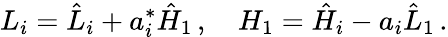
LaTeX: L_{i}=\hat{L}_{i}+a_{i}^{*}\hat{H}_{1}\, ,\quad H_{1}=\hat{H}_{i}-a_{i}\hat{L}_{1}\, .